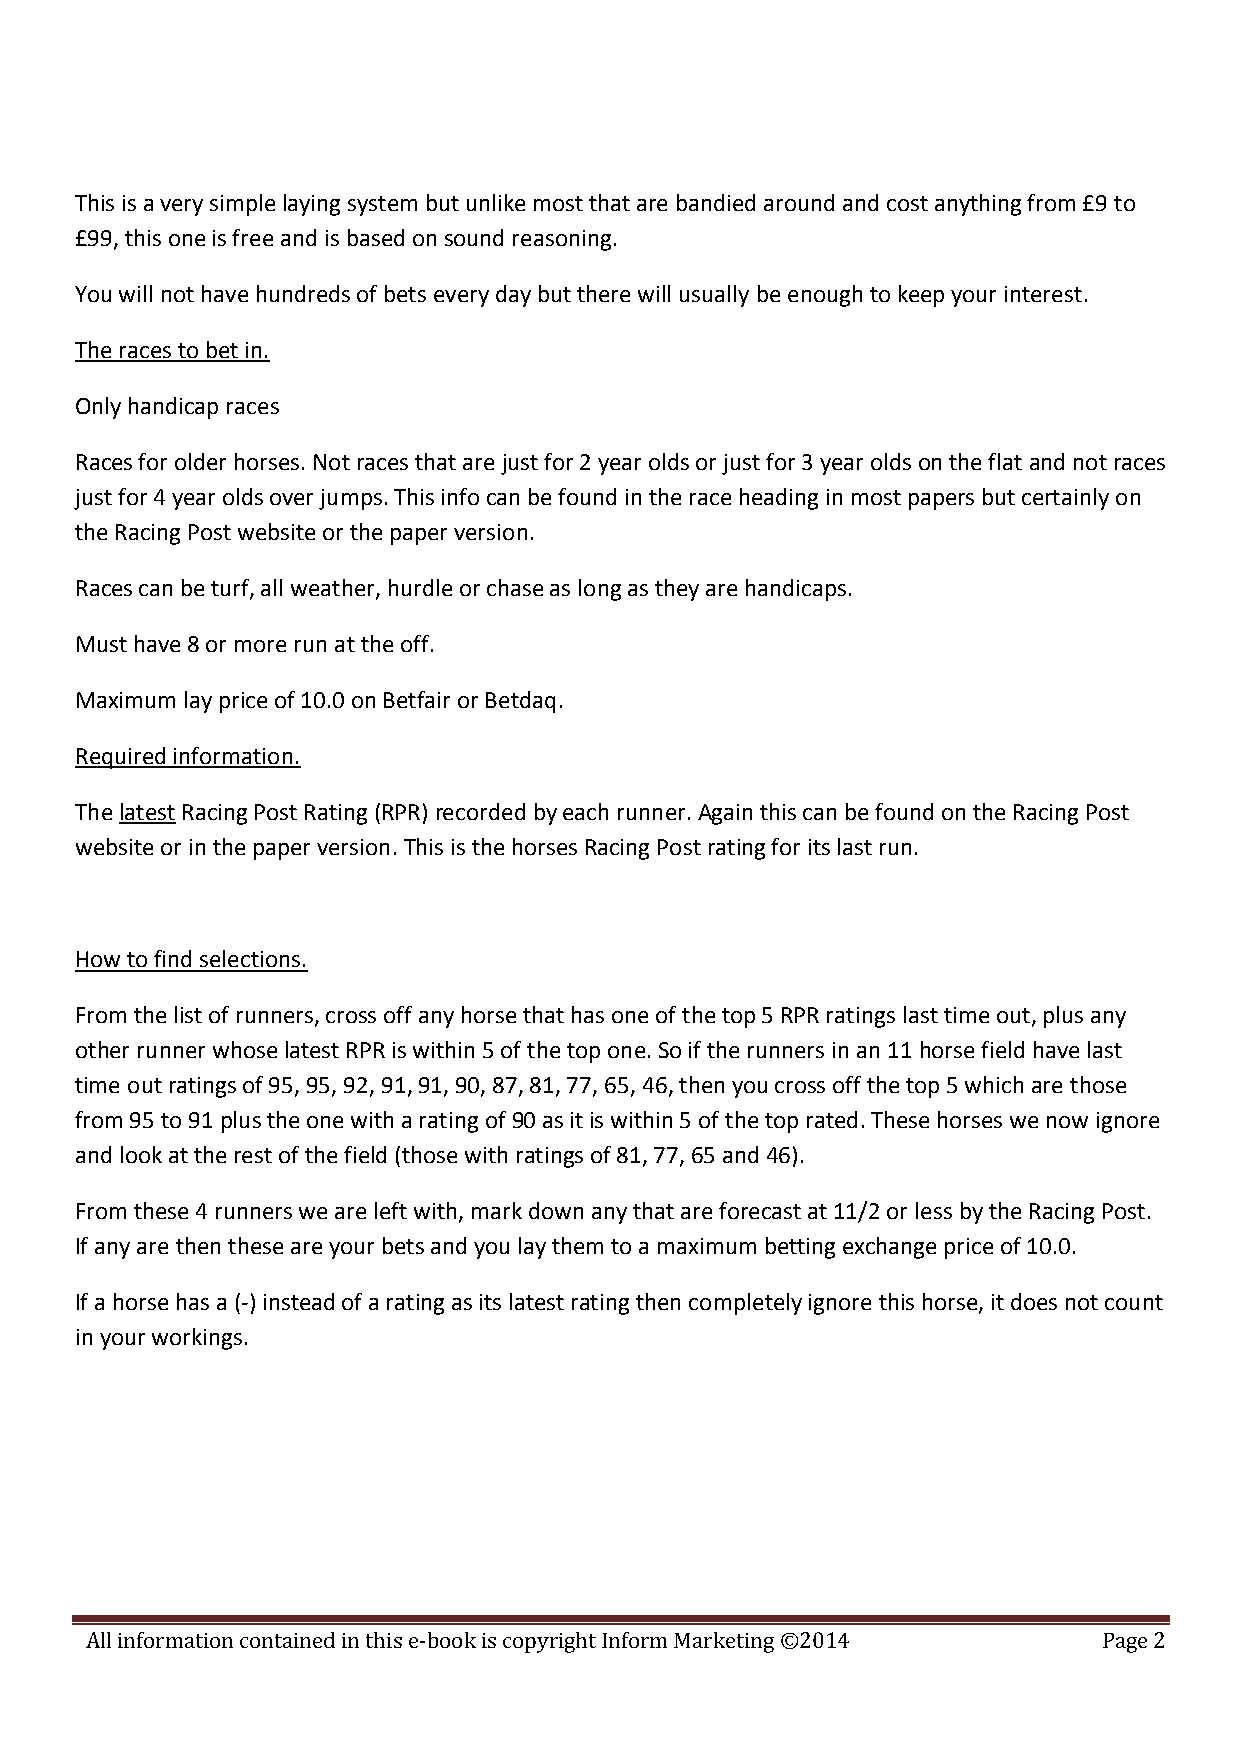
This is a very simple laying system but unlike most that are bandied around and cost anything from £9 to
 £99, this one is free and is based on sound reasoning.
 You will not have hundreds of bets every day but there will usually be enough to keep your interest.
 The races to bet in.
 Only handicap races
 Races for older horses. Not races that are just for 2 year olds or just for 3 year olds on the flat and not races
 just for 4 year olds over jumps. This info can be found in the race heading in most papers but certainly on
 the Racing Post website or the paper version.
 Races can be turf, all weather, hurdle or chase as long as they are handicaps.
 Must have 8 or more run at the off.
 Maximum lay price of 10.0 on Betfair or Betdaq.
 Required information.
 The latest Racing Post Rating (RPR) recorded by each runner. Again this can be found on the Racing Post
 website or in the paper version. This is the horses Racing Post rating for its last run.
 How to find selections.
 From the list of runners, cross off any horse that has one of the top 5 RPR ratings last time out, plus any
 other runner whose latest RPR is within 5 of the top one. So if the runners in an 11 horse field have last
 time out ratings of 95, 95, 92, 91, 91, 90, 87, 81, 77, 65, 46, then you cross off the top 5 which are those
 from 95 to 91 plus the one with a rating of 90 as it is within 5 of the top rated. These horses we now ignore
 and look at the rest of the field (those with ratings of 81, 77, 65 and 46).
 From these 4 runners we are left with, mark down any that are forecast at 11/2 or less by the Racing Post.
 If any are then these are your bets and you lay them to a maximum betting exchange price of 10.0.
 If a horse has a (-) instead of a rating as its latest rating then completely ignore this horse, it does not count
 in your workings.
 All information contained in this e-book is copyright Inform Marketing ©2014 Page 2